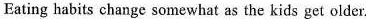
Eating habits change somewhat as the kids get older.